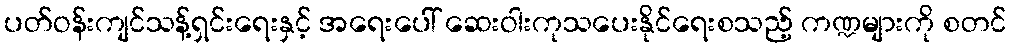
ပတ်ဝန်းကျင်သန့်ရှင်းရေးနှင့် အရေးပေါ် ဆေးဝါးကုသပေးနိုင်ရေးစသည့် ကဏ္ဍများကို စတင်